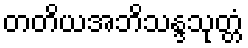
တတိယအဘိသန္ဒသုတ္တံ